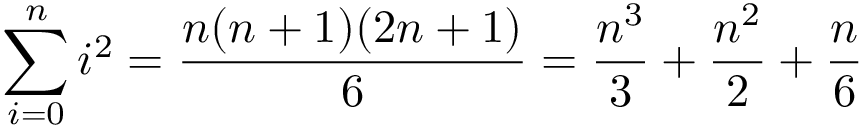
\sum _ { i = 0 } ^ { n } i ^ { 2 } = { \frac { n ( n + 1 ) ( 2 n + 1 ) } { 6 } } = { \frac { n ^ { 3 } } { 3 } } + { \frac { n ^ { 2 } } { 2 } } + { \frac { n } { 6 } } \qquad